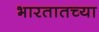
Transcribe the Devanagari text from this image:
भारतातच्या